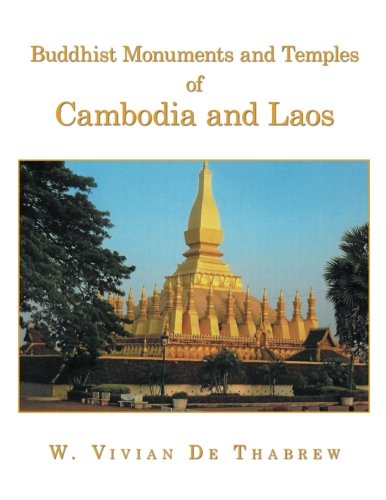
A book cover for Buddhist Monuments and Temples of Cambodia and Laos; W. Vivian De Thabrew; Travel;